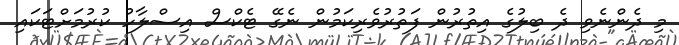
މި ދެންނެވި ދެ ބިލުގެ އިތުރުން ފަތުރުވެރިކަމުން ނެގޭ ޓެކްސް އިސްލާހު ކުރުމަށްޓަކައި